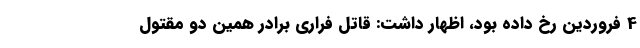
4 فروردین رخ داده بود، اظهار داشت: قاتل فراری برادر همین دو مقتول